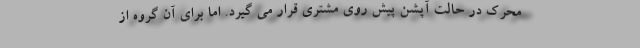
محرک در حالت آپشن پیش روی مشتری قرار می گیرد. اما برای آن گروه از